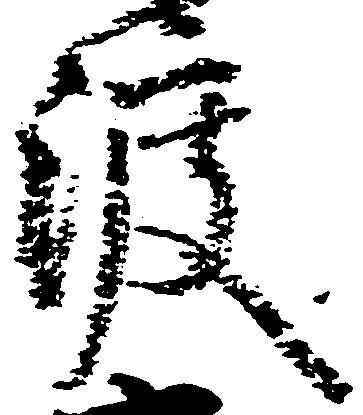
渡